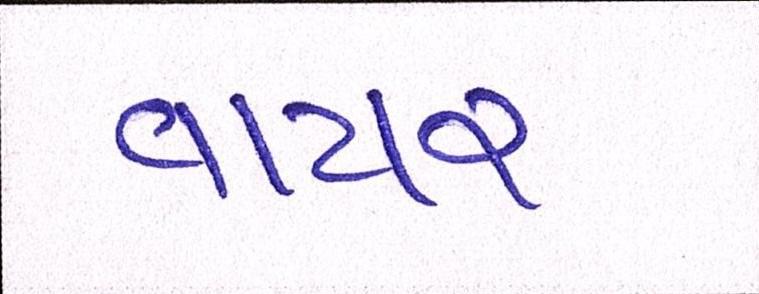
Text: વાયર